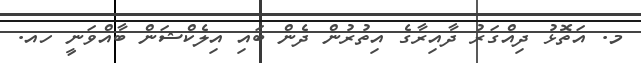
މ. އަތޮޅު ދިއްގަރު ދާއިރާގެ އިތުރުން ދެން ބައި އިލެކްޝަން ބާއްވަނީ ހއ.